DOW-UAP-D49, Launch Summary, Vandenberg AFB, 2000
Agency: Department of War
Incident date: 2/3/00
Page 48
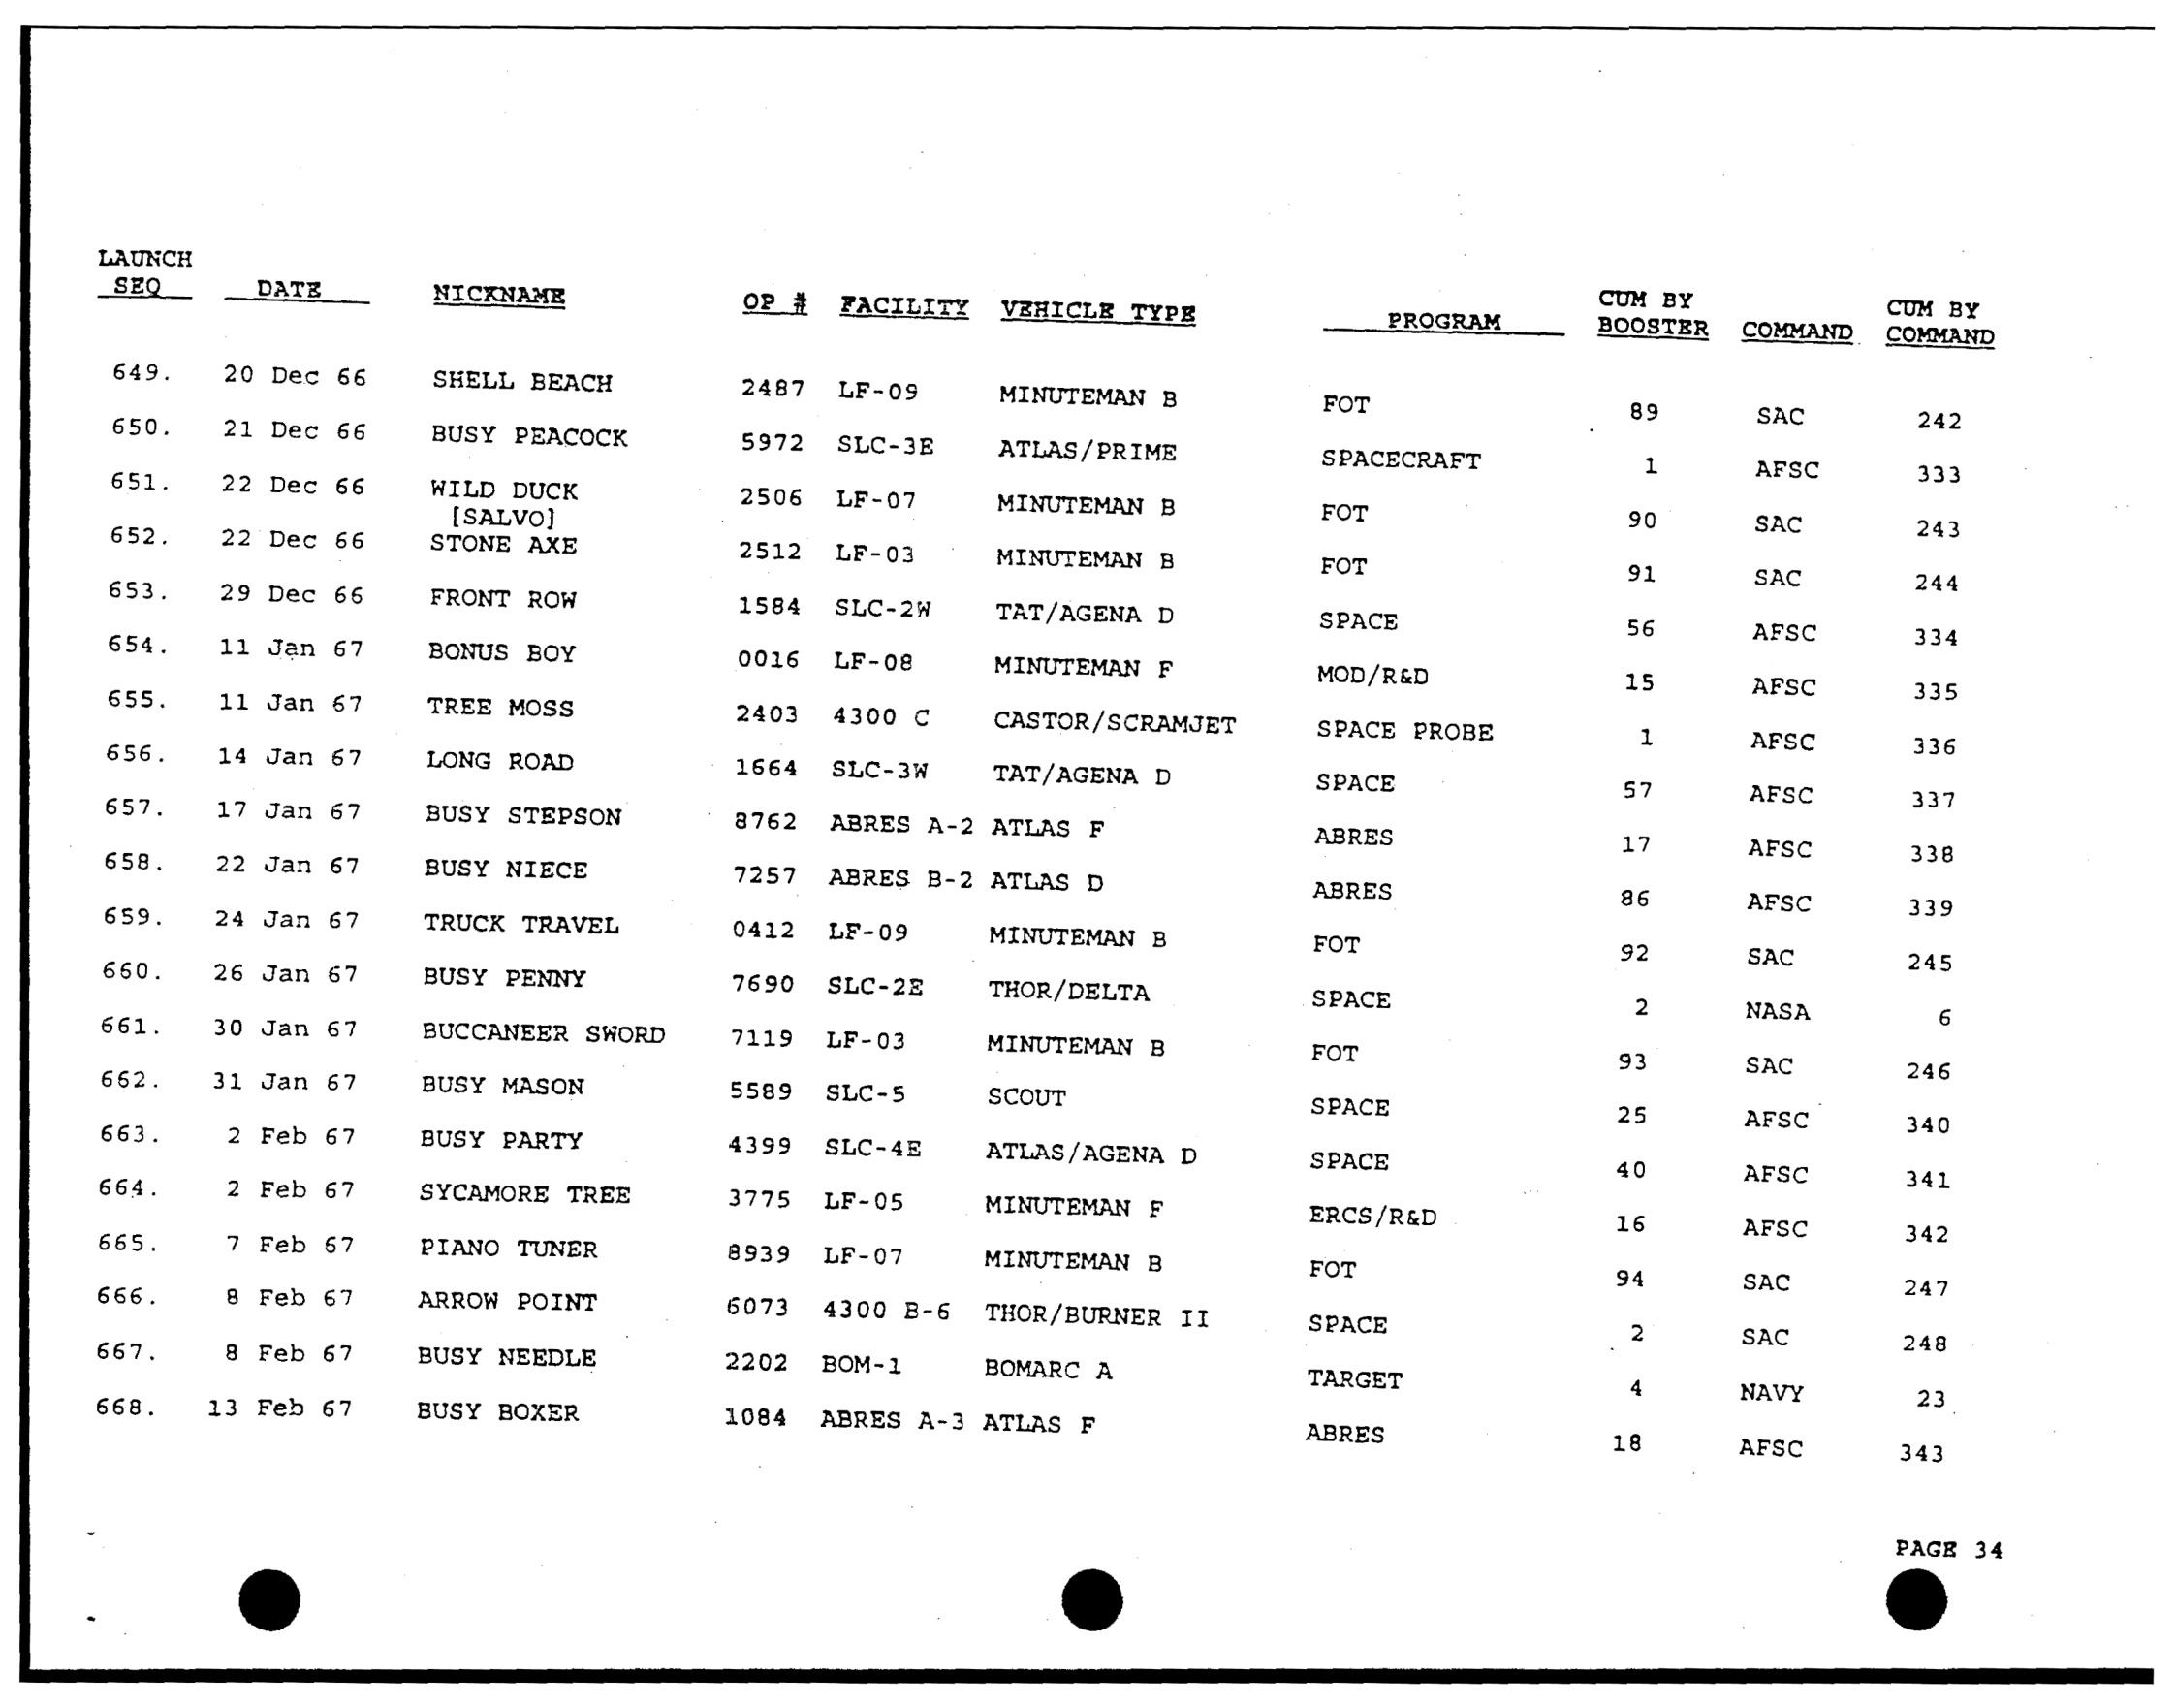